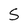
Character: S